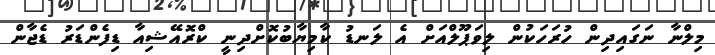
މިލްނާ ނަގައިދިން ހުރަހަކުން ލިވަޕޫލްއަށް އެ ލަނޑު ކާމިޔާބުކޮށްދިނީ ކްރޮއޭޝިއާ ޑިފެންޑަރު ޑެޖާން